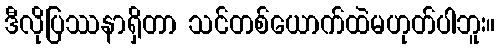
ဒီလိုပြဿနာရှိတာ သင်တစ်ယောက်ထဲမဟုတ်ပါဘူး။